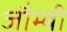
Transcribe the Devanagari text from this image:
जौम्बी